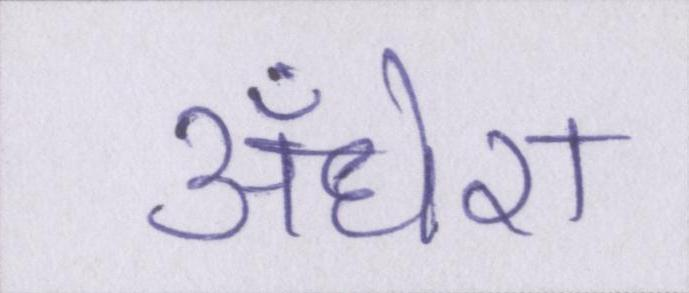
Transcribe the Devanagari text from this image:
अँधेरा